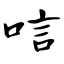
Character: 唁